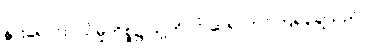
နွားရောင်းဝယ်မှုကိစ္စ၌ သူ့ကိုပင် ဆရာတင်ကြရချေသည်။